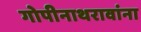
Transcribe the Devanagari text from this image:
गोपीनाथरावांना